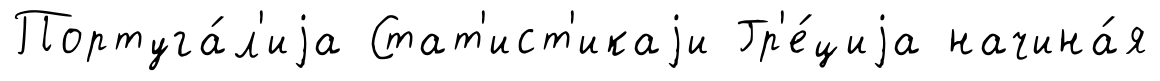
Португа́л'иjа Стат'ист'икаjи Гр'е́циjа начина́я